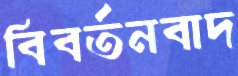
বিবর্তনবাদ